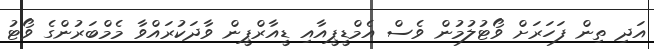
އަދި ތިން ފަހަރަށް ވޯޓުލުމުން ވެސް އެމްޑީޕީއާއި ޑީއާރްޕީން ވާދަކުރައްވާ މެމްބަރުންގެ ވޯޓު